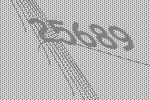
25689